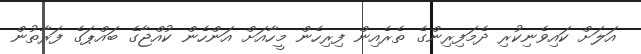
އަލަށް ކައިވެނިކުރި ދެމަފިރިންގެ ތެރެއިން ފިރިހެން މީހާއަށް އަންހެން ކުއްޖާގެ ބައްޕަގެ ފަރާތުން